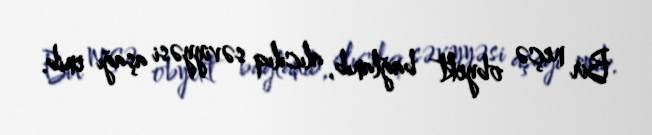
Bir neçə obyekt bağlanıb, alıcılıq səviyyəsi aşağı enib.